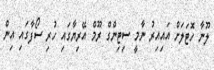
ލޫނާ ހޮޓަލަށް އައިއިރު ނާމީ ސިޓިންގް ރޫމް އޭރިޔާގައި ހުރި ސޯފާގައި އިން